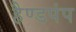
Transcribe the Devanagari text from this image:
हैण्डपंप